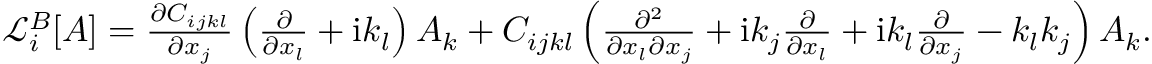
\begin{array} { r } { \mathcal { L } _ { i } ^ { B } [ \boldsymbol { A } ] = \frac { \partial C _ { i j k l } } { \partial x _ { j } } \left( \frac { \partial } { \partial x _ { l } } + \mathrm { i } k _ { l } \right) A _ { k } + C _ { i j k l } \left( \frac { \partial ^ { 2 } } { \partial x _ { l } \partial x _ { j } } + \mathrm { i } k _ { j } \frac { \partial } { \partial x _ { l } } + \mathrm { i } k _ { l } \frac { \partial } { \partial x _ { j } } - k _ { l } k _ { j } \right) A _ { k } . } \end{array}